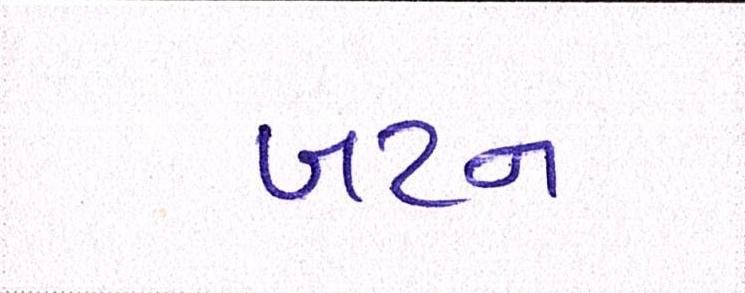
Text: બટન